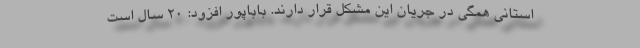
استانی همگی در جریان این مشکل قرار دارند. باباپور افزود: 20 سال است